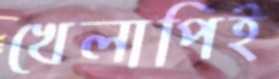
খেলাপিই